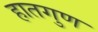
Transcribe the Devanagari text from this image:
हातगुण